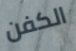
الكفن